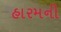
હારમની